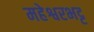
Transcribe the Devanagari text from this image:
महेश्वरभट्ट